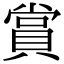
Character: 賞